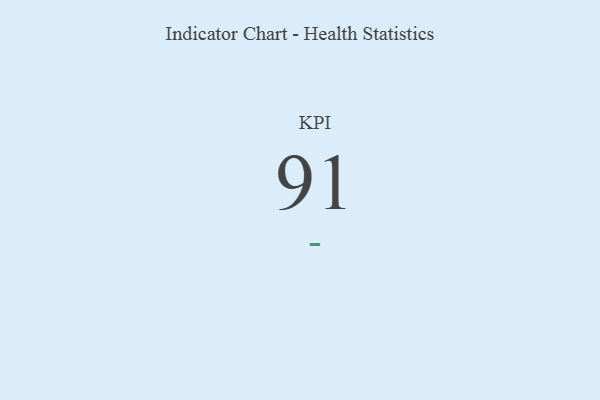
{"axis": {"x": "KPI", "y": "Value"}, "legend": [""], "data": [{"x": "KPI", "y": 91, "type": ""}]}